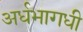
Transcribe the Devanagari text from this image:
अर्धभागधी